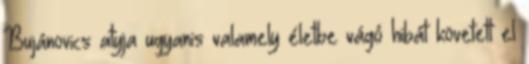
Bujánovics atyja ugyanis valamely életbe vágó hibát követett el